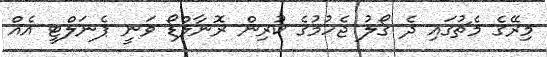
މިރޭގެ މެޗުގައި ދެ ގޯލު ޖެހުމުގެ ކުރިން ރޮނާލްޑޯ ވަނީ ޕެނަލްޓީ އެއް